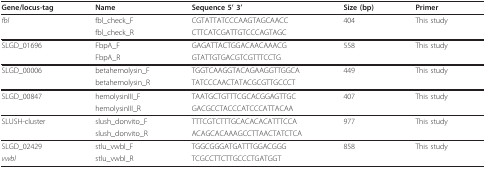
<table><thead><tr><td><b>Gene/locus-tag</b></td><td><b>Name</b></td><td><b>Sequence 5&#x27; 3&#x27;</b></td><td><b>Size (bp)</b></td><td><b>Primer</b></td></tr></thead><tbody><tr><td><i>fbl</i></td><td>fbl_check_F</td><td>CGTATTATCCCAAGTAGCAACC</td><td>404</td><td>This study</td></tr><tr><td></td><td>fbl_check_R</td><td>CTTCATCGATTGTCCCAGTAGC</td><td></td><td></td></tr><tr><td>SLGD_01696</td><td>FbpA_F</td><td>GAGATTACTGGACAACAAACG</td><td>558</td><td>This study</td></tr><tr><td></td><td>FbpA_R</td><td>GTATTGTGACGTCGTTTCCTG</td><td></td><td></td></tr><tr><td>SLGD_00006</td><td>betahemolysin_F</td><td>TGGTCAAGGTACAGAAGGTTGGCA</td><td>449</td><td>This study</td></tr><tr><td></td><td>betahemolysin_R</td><td>TATCCCAACTATACGCGTTGCCCT</td><td></td><td></td></tr><tr><td>SLGD_00847</td><td>hemolysinIII_F</td><td>TAATGCTGTTTCGCACGGAGTTGC</td><td>407</td><td>This study</td></tr><tr><td></td><td>hemolysinIII_R</td><td>GACGCCTACCCATCCCATTACAA</td><td></td><td></td></tr><tr><td>SLUSH-cluster</td><td>slush_donvito_F</td><td>TTTCGTCTTTGCACACACATTTCCA</td><td>977</td><td>This study</td></tr><tr><td></td><td>slush_donvito_R</td><td>ACAGCACAAAGCCTTAACTATCTCA</td><td></td><td></td></tr><tr><td>SLGD_02429</td><td>stlu_vwbl_F</td><td>TGGCGGGATGATTTGGACGGG</td><td>858</td><td>This study</td></tr><tr><td><i>vwbl</i></td><td>stlu_vwbl_R</td><td>TCGCCTTCTTGCCCTGATGGT</td><td></td><td></td></tr></tbody></table>